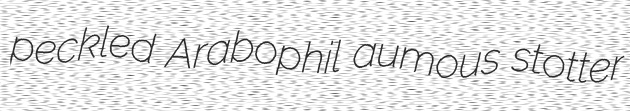
peckled Arabophil aumous stotter